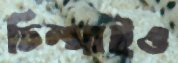
চিম্‌সাইও